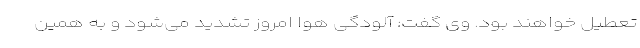
تعطیل خواهند بود. وی گفت: آلودگی هوا امروز تشدید می‌شود و به همین